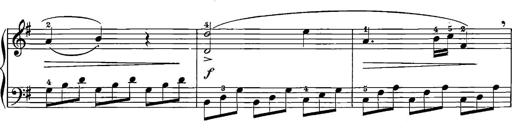
Title: 12 Sonatinas
Composer: Ignaz Pleyel